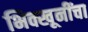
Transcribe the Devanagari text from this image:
भिक्खूनींचा